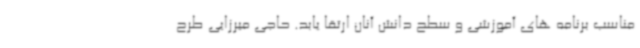
مناسب برنامه های آموزشی و سطح دانش آنان ارتقا یابد. حاجی میرزایی طرح